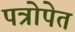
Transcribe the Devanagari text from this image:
पत्रोपेत